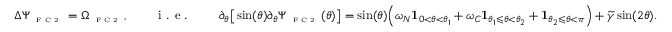
\Delta \Psi _ { \textnormal { \tiny { F C 2 } } } = \Omega _ { \textnormal { \tiny { F C 2 } } } , \qquad \textnormal { i . e . } \qquad \partial _ { \theta } \big [ \sin ( \theta ) \partial _ { \theta } \Psi _ { \textnormal { \tiny { F C 2 } } } ( \theta ) \big ] = \sin ( \theta ) \Big ( \omega _ { N } \mathbf { 1 } _ { 0 < \theta < \theta _ { 1 } } + \omega _ { C } \mathbf { 1 } _ { \theta _ { 1 } \leqslant \theta < \theta _ { 2 } } + \mathbf { 1 } _ { \theta _ { 2 } \leqslant \theta < \pi } \Big ) + \widetilde { \gamma } \sin ( 2 \theta ) .